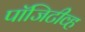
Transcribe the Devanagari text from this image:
पॉजिटीव्ह